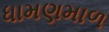
ધામણમાળ